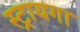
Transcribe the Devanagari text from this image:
स्ट्रायगा